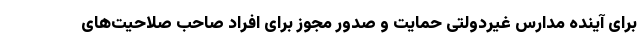
برای آینده مدارس غیردولتی حمایت و صدور مجوز برای افراد صاحب صلاحیت‌های